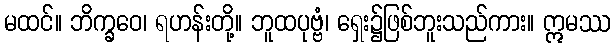
မထင်။ ဘိက္ခဝေ၊ ရဟန်းတို့။ ဘူထပုဗ္ဗံ၊ ရှေး၌ဖြစ်ဘူးသည်ကား။ ဣမဿ